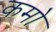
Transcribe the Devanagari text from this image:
कमो